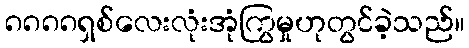
၈၈၈၈ရှစ်လေးလုံးအုံကြွမှုဟုတွင်ခဲ့သည်။